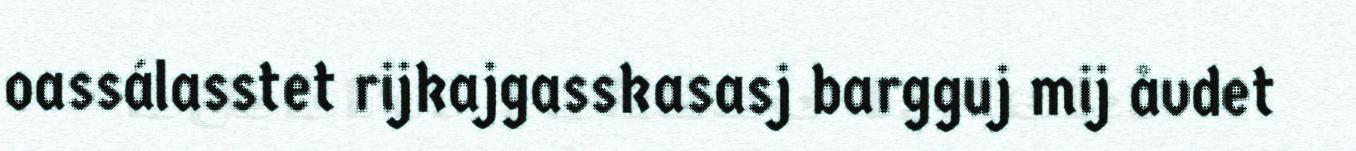
oassálasstet rijkajgasskasasj bargguj mij åvdet